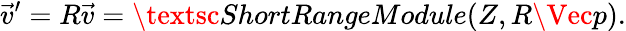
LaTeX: \vec{v}^{\prime}=R\vec{v}=\textsc{ShortRangeModule}(Z,R\Vec{p}).